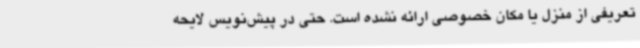
تعریفی از منزل یا مکان خصوصی ارائه نشده است. حتی در پیش‌نویس لایحه